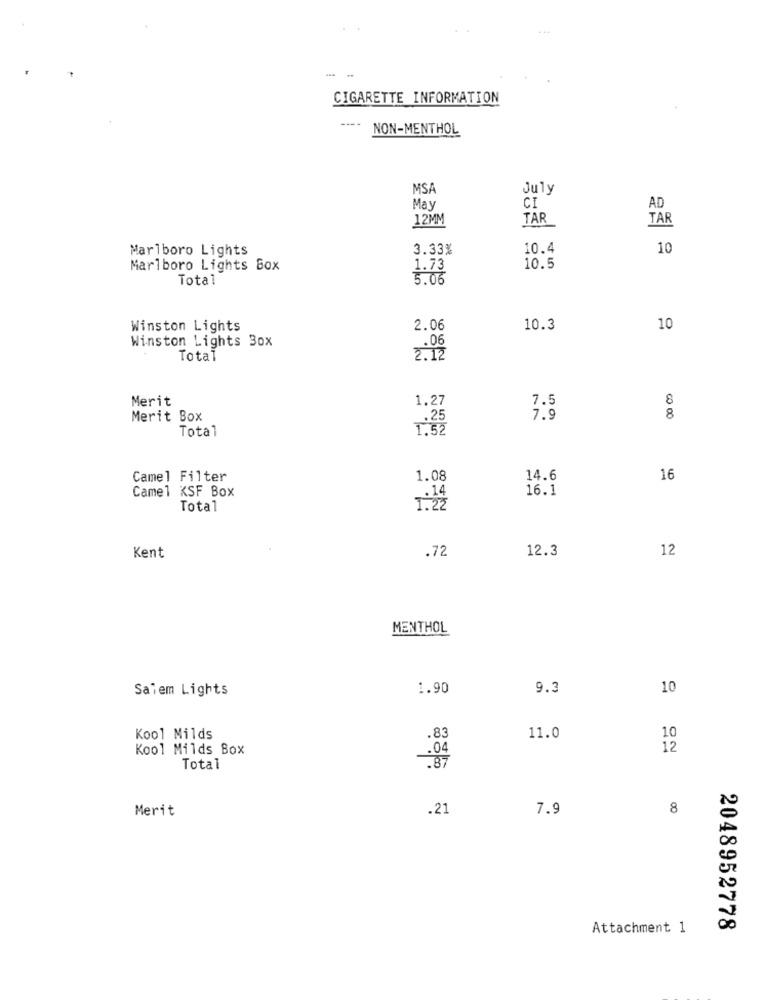
--
CIGARETTE INFORMATION
----
NON-MENTHOL
MSA
July
May
CI
AD
12MM
TAR
TAR
Marlboro Lights
3.33%
10.4
10
Marlboro Lights Box
1.73
10.5
Total
5.06
Winston Lights
2.06
10.3
10
Winston Lights 3ox
.06
Total
2.12
Merit
1.27
7.5
8
Merit Box
.25
7.9
8
Total
1.52
Camel Filter
1.08
14.6
16
Camel KSF Box
16.1
.14
Total
1.22
.72
12.3
12
Kent
MENTHOL
Salem Lights
1.90
9.3
10
Kool Milds
.83
11.0
10
Kool Milds Box
12
.04
Total
Merit
.21
7.9
8
Attachment 1
2048952778